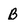
Character: B